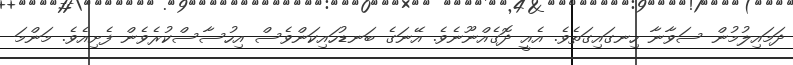
ދަމައިލުމުން ސަވާނާ ހިނގައިގަތެވެ. އެއީ ދޮގެއްނޫނެވެ. އޭނަގެ ބަނޑުހައިކަންވެސް އިހުސާސްކުރެވެން ފެށިއެވެ. މަންމަ